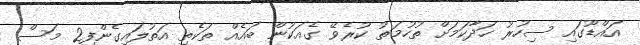
އައްޑޫގައި ސިހުރު ހަދާކަމަށް ތުހުމަތު ކުރެވޭ ގެއަކުން ބައެއް ތަކެތި އަތުލައިގެންފި2 މަސް